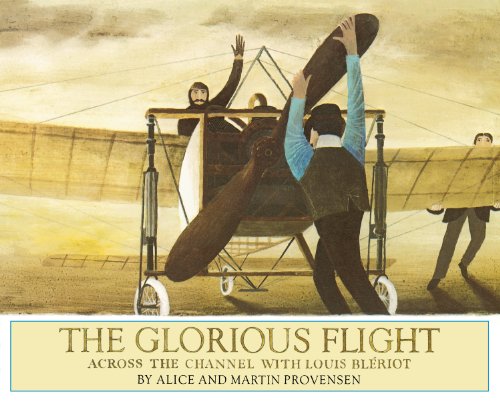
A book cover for The Glorious Flight: Across the Channel with Louis Bleriot July 25, 1909; Alice Provensen; Children's Books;